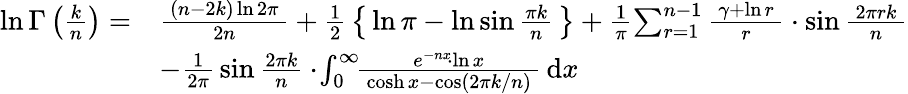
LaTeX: {\begin{array}{rl}{\ln\Gamma\left({\frac{k}{n}}\right)=}&{{\frac{\, (n-2k)\ln 2\pi\, }{2n}}+{\frac{1}{2}}\left\{ \, \ln\pi-\ln\sin{\frac{\pi k}{n}}\, \right\} +{\frac{1}{\pi}}\! \sum_{r=1}^{n-1}{\frac{\, \gamma+\ln r\, }{r}}\cdot\sin{\frac{\, 2\pi rk\, }{n}}}\\ &{-{\frac{1}{2\pi}}\sin{\frac{2\pi k}{n}}\cdot\! \int_{0}^{\infty}\! \! {\frac{\, e^{-nx}\! \cdot\ln x\, }{\, \cosh x-\cos(2\pi k/n)\, }}\, {\mathrm{d}}x}\end{array}}